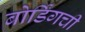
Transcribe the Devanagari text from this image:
बोर्डिंगची